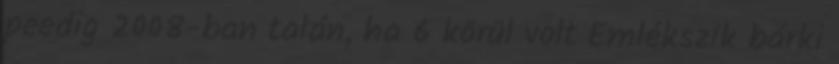
peedig 2008-ban talán, ha 6 körül volt Emlékszik bárki